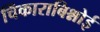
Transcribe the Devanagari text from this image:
चिंकाराबिश्नोई